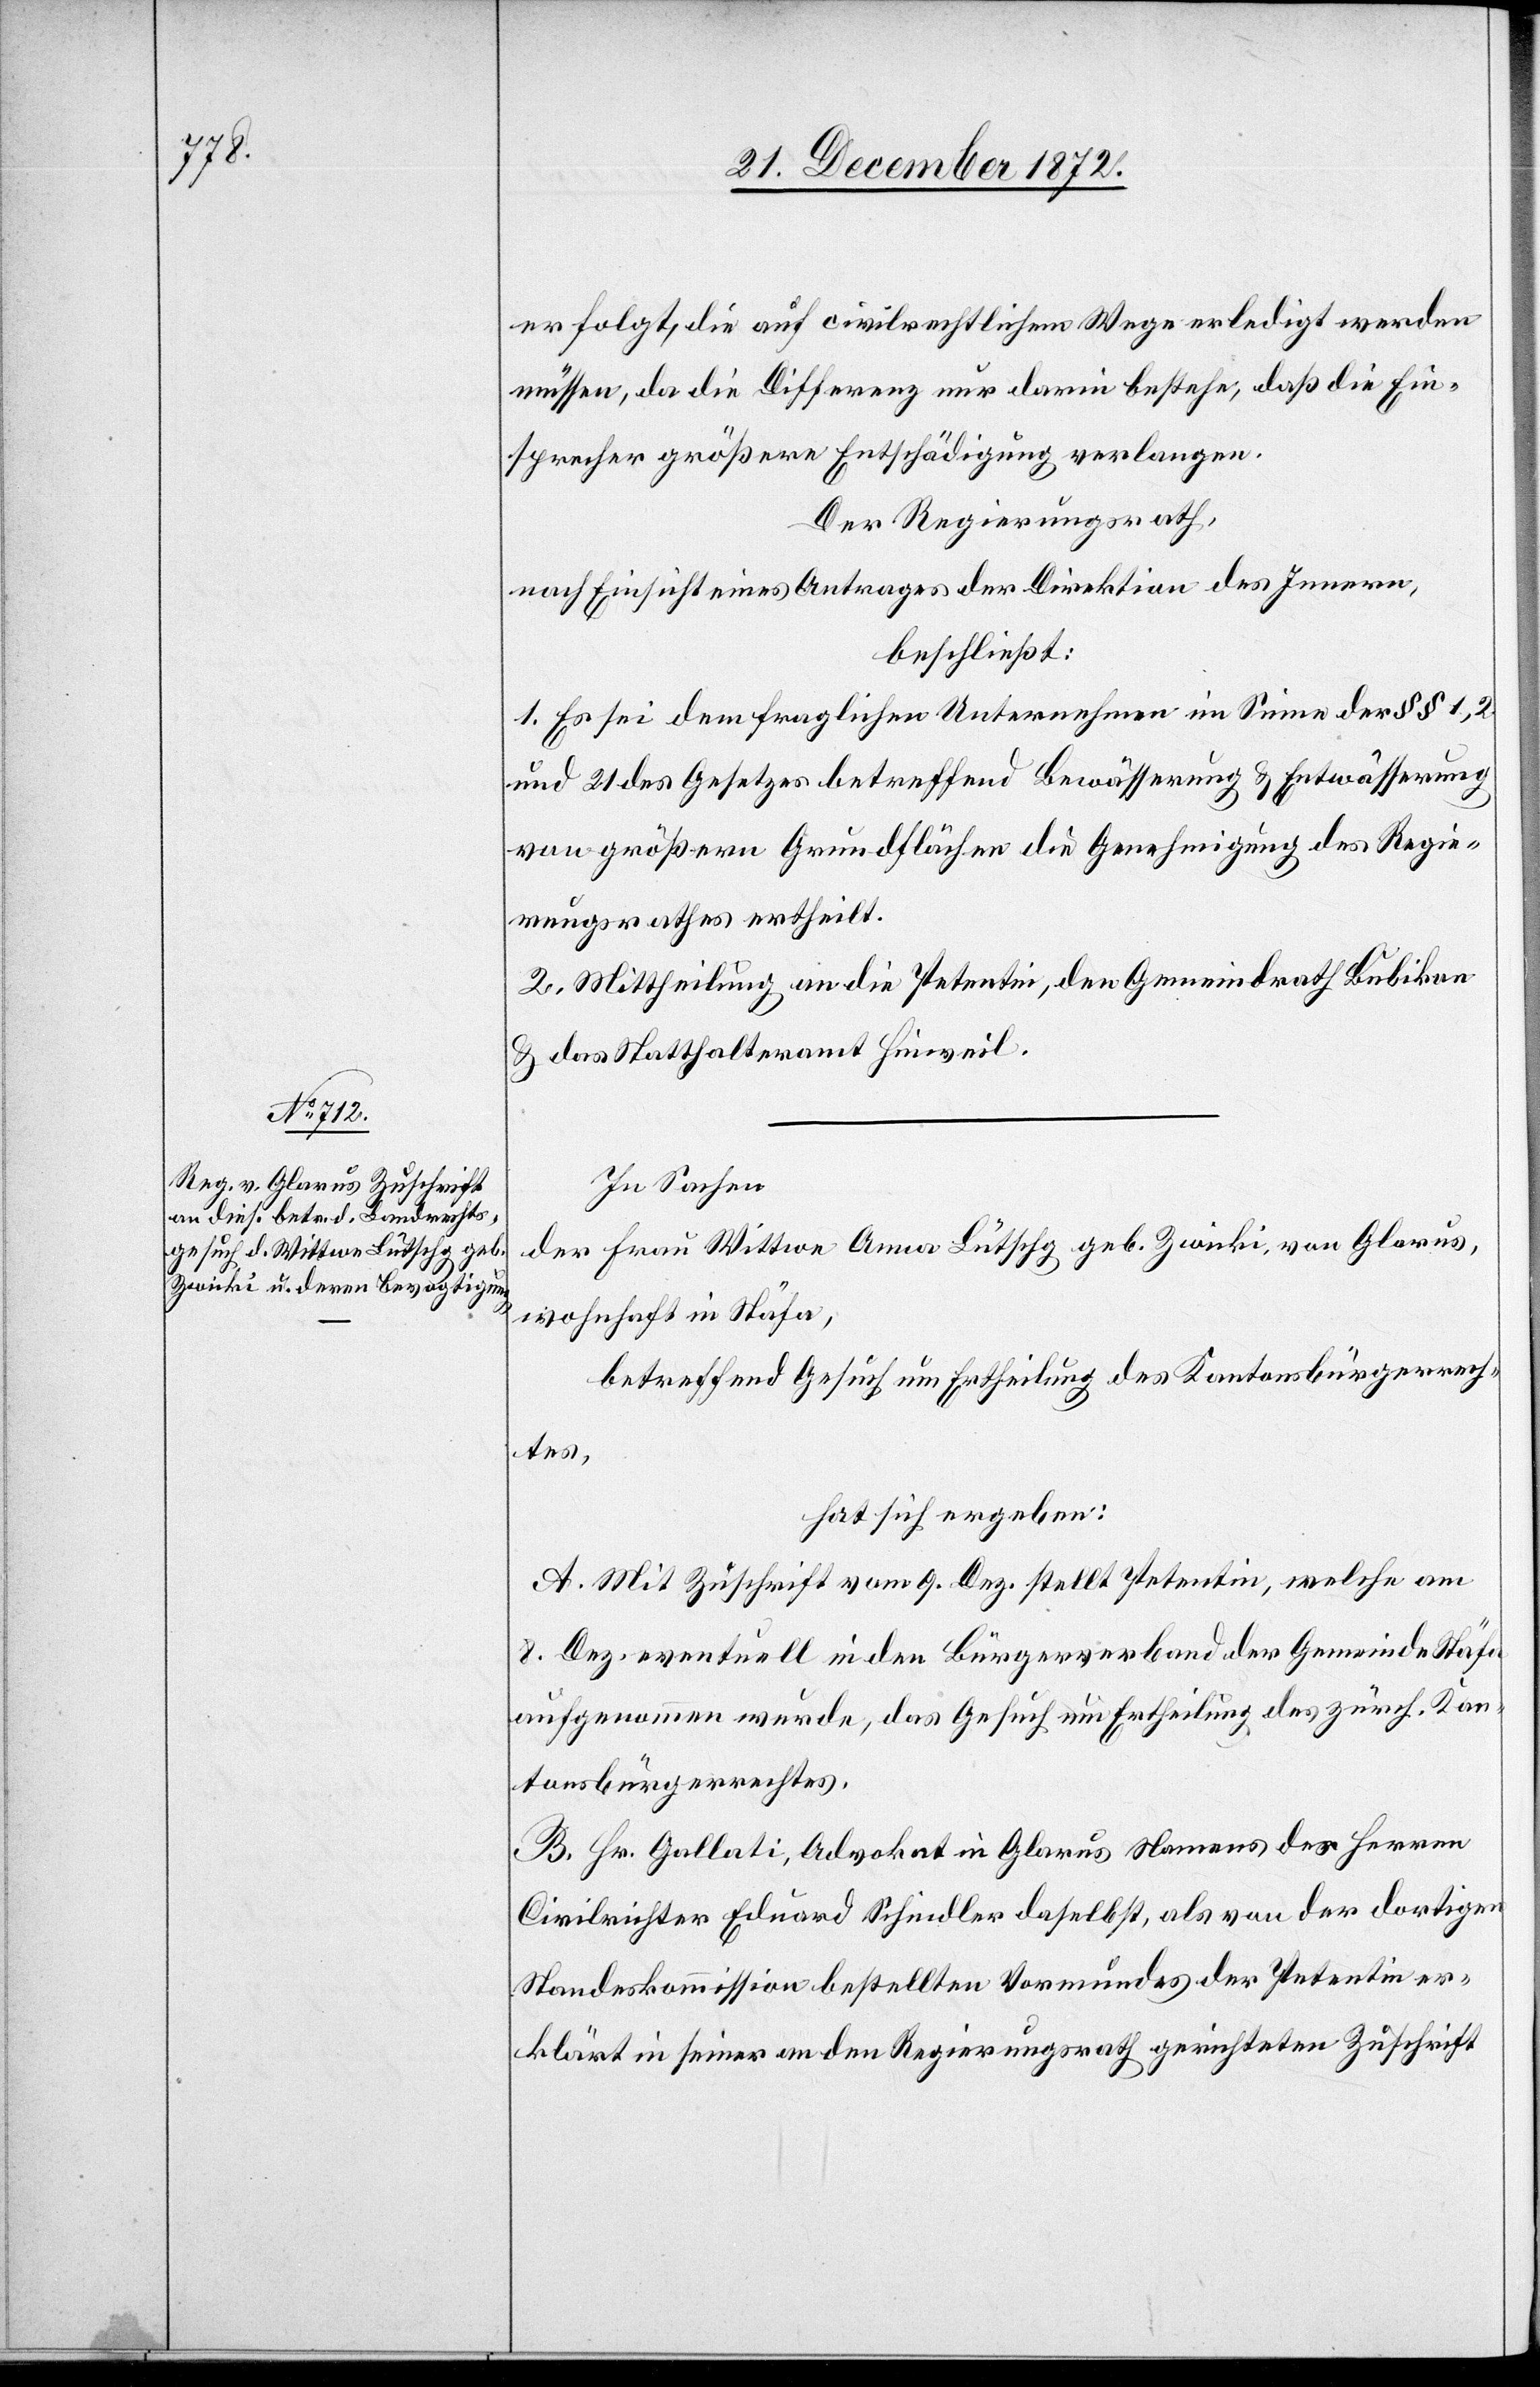
erfolgt, die auf civilrechtlichem Wege erledigt werden
müssen, da die Differenz nur darin bestehe, daß die Ein¬
sprecher größere Entschädigung verlangen.
Der Regierungsrath,
nach Einsicht eines Antrages der Direktion des Innern,
beschließt:
1. Es sei dem fraglichen Unternehmen im Sinne der §§ 1, 2
und 21 des Gesetzes betreffend Bewässerung u. Entwässerung
von größern Grundflächen die Genehmigung des Regie¬
rungsrathes ertheilt.
2. Mittheilung an die Petentin, den Gemeindrath Bubikon
u. das Statthalteramt Hinweil.
In Sachen
der Frau Wittwe Anna Lütschg geb. Zwicki, von Glarus,
wohnhaft in Stäfa,
betreffend Gesuch um Ertheilung des Kantonsbürgerrech¬
tes,
hat sich ergeben:
A. Mit Zuschrift vom 9. Dez. stellt Petentin, welche am
8. Dez. eventuell in den Bürgerverband der Gemeinde Stäfa
aufgenommen wurde, das Gesuch um Ertheilung des zürch. Kan¬
tonsbürgerrechtes.
B. Hr. Gallati, Advokat in Glarus Namens des Herren
Civilrichter Eduard Schindler daselbst, als von der dortigen
Standeskommission bestellten Vormundes der Petentin er¬
klärt in seiner an den Regierungsrath gerichteten Zuschrift